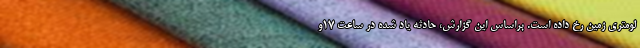
لومتری زمین رخ داده است. براساس این گزارش، حادثه یاد شده در ساعت ۱۷و